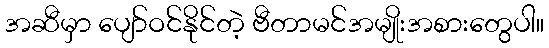
အဆီမှာ ပျော်ဝင်နိုင်တဲ့ ဗီတာမင်အမျိုးအစားတွေပါ။